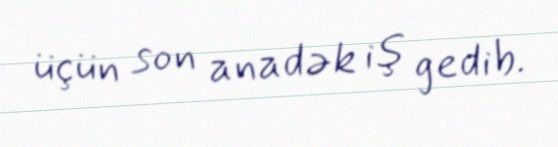
üçün son anadək iş gedib.